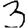
Digit: 3